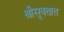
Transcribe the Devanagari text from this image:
श्रीसूक्तात